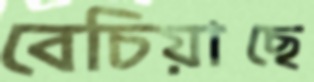
বেচিয়াছে